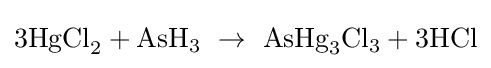
3{\mbox{HgCl}}_{2}+{\mbox{AsH}}_{3}~\rightarrow ~{\mbox{AsHg}}_{3}{\mbox{Cl}}_{3}+3{\mbox{HCl}}